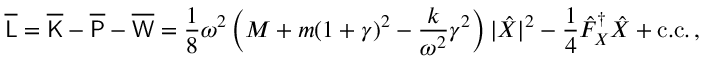
\overline { { \mathsf { L } } } = \overline { { \mathsf { K } } } - \overline { { \mathsf { P } } } - \overline { { \mathsf { W } } } = \frac { 1 } { 8 } \omega ^ { 2 } \left( M + m ( 1 + \gamma ) ^ { 2 } - \frac { k } { \omega ^ { 2 } } \gamma ^ { 2 } \right) | \hat { X } | ^ { 2 } - \frac { 1 } { 4 } \hat { F } _ { X } ^ { \dagger } \hat { X } + \mathrm { c . c . } \, ,